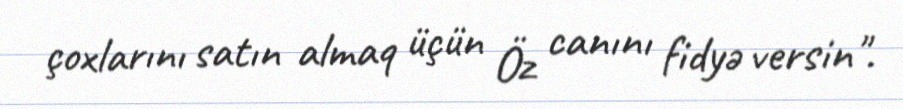
çoxlarını satın almaq üçün Öz canını fidyə versin".